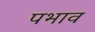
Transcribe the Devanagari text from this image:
पभाव